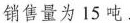
销售量为15吨.